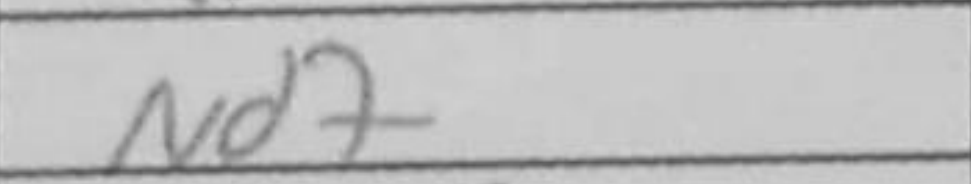
Transcription: Nd7